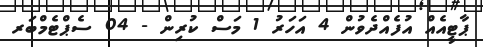
ޕާޓީއެއް އުފެއްދެވުން 4 އަހަރު 1 މަސް ކުރިން - 04 ސެޕްޓެމްބަރ